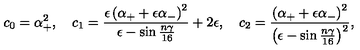
c _ { 0 } = \alpha _ { + } ^ { 2 } , \quad c _ { 1 } = \frac { \epsilon \left( \alpha _ { + } + \epsilon \alpha _ { - } \right) ^ { 2 } } { \epsilon - \sin \frac { n \gamma } { 1 6 } } + 2 \epsilon , \quad c _ { 2 } = \frac { \left( \alpha _ { + } + \epsilon \alpha _ { - } \right) ^ { 2 } } { \left( \epsilon - \sin \frac { n \gamma } { 1 6 } \right) ^ { 2 } } ,